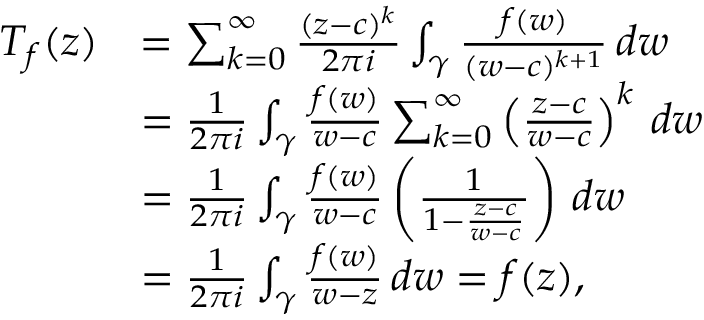
{ \begin{array} { r l } { T _ { f } ( z ) } & { = \sum _ { k = 0 } ^ { \infty } { \frac { ( z - c ) ^ { k } } { 2 \pi i } } \int _ { \gamma } { \frac { f ( w ) } { ( w - c ) ^ { k + 1 } } } \, d w } \\ & { = { \frac { 1 } { 2 \pi i } } \int _ { \gamma } { \frac { f ( w ) } { w - c } } \sum _ { k = 0 } ^ { \infty } \left( { \frac { z - c } { w - c } } \right) ^ { k } \, d w } \\ & { = { \frac { 1 } { 2 \pi i } } \int _ { \gamma } { \frac { f ( w ) } { w - c } } \left( { \frac { 1 } { 1 - { \frac { z - c } { w - c } } } } \right) \, d w } \\ & { = { \frac { 1 } { 2 \pi i } } \int _ { \gamma } { \frac { f ( w ) } { w - z } } \, d w = f ( z ) , } \end{array} }